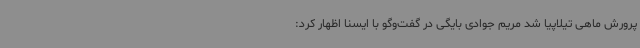
پرورش ماهی تیلاپیا شد مریم جوادی بایگی در گفت‌وگو با ایسنا اظهار کرد: